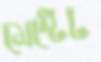
মেস্টেট